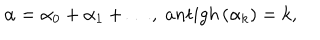
LaTeX: \alpha = \alpha _ { 0 } + \alpha _ { 1 } + \ldots , \; a n t i g h \left( \alpha _ { k } \right) = k ,